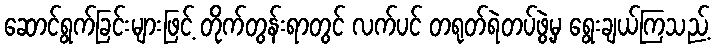
ဆောင်ရွက်ခြင်းများဖြင့် တိုက်တွန်းရာတွင် လက်ပင် တရုတ်ရဲတပ်ဖွဲ့မှ ရွေးချယ်ကြသည့်